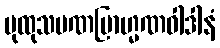
ပုထုသမဏဗြာဟ္မဏဝါဒါနံ